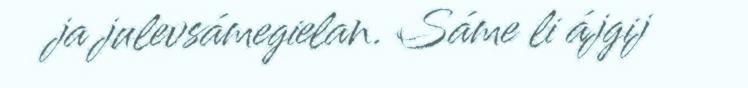
ja julevsámegielan. Sáme li ájgij